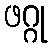
ဖဂ္ဂု